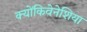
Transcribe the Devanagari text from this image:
क्योंकिवेनेशिया